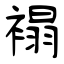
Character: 褟